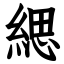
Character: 緦